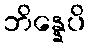
ဘိန္နေပိ